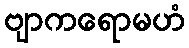
ဗျာကရောမဟံ